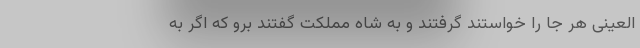
العینی هر جا را خواستند گرفتند و به شاه مملکت گفتند برو که اگر به